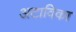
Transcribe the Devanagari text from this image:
अटाविका